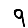
Digit: 9